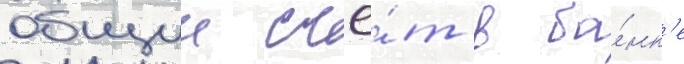
общии счё́т в ба́нк'е